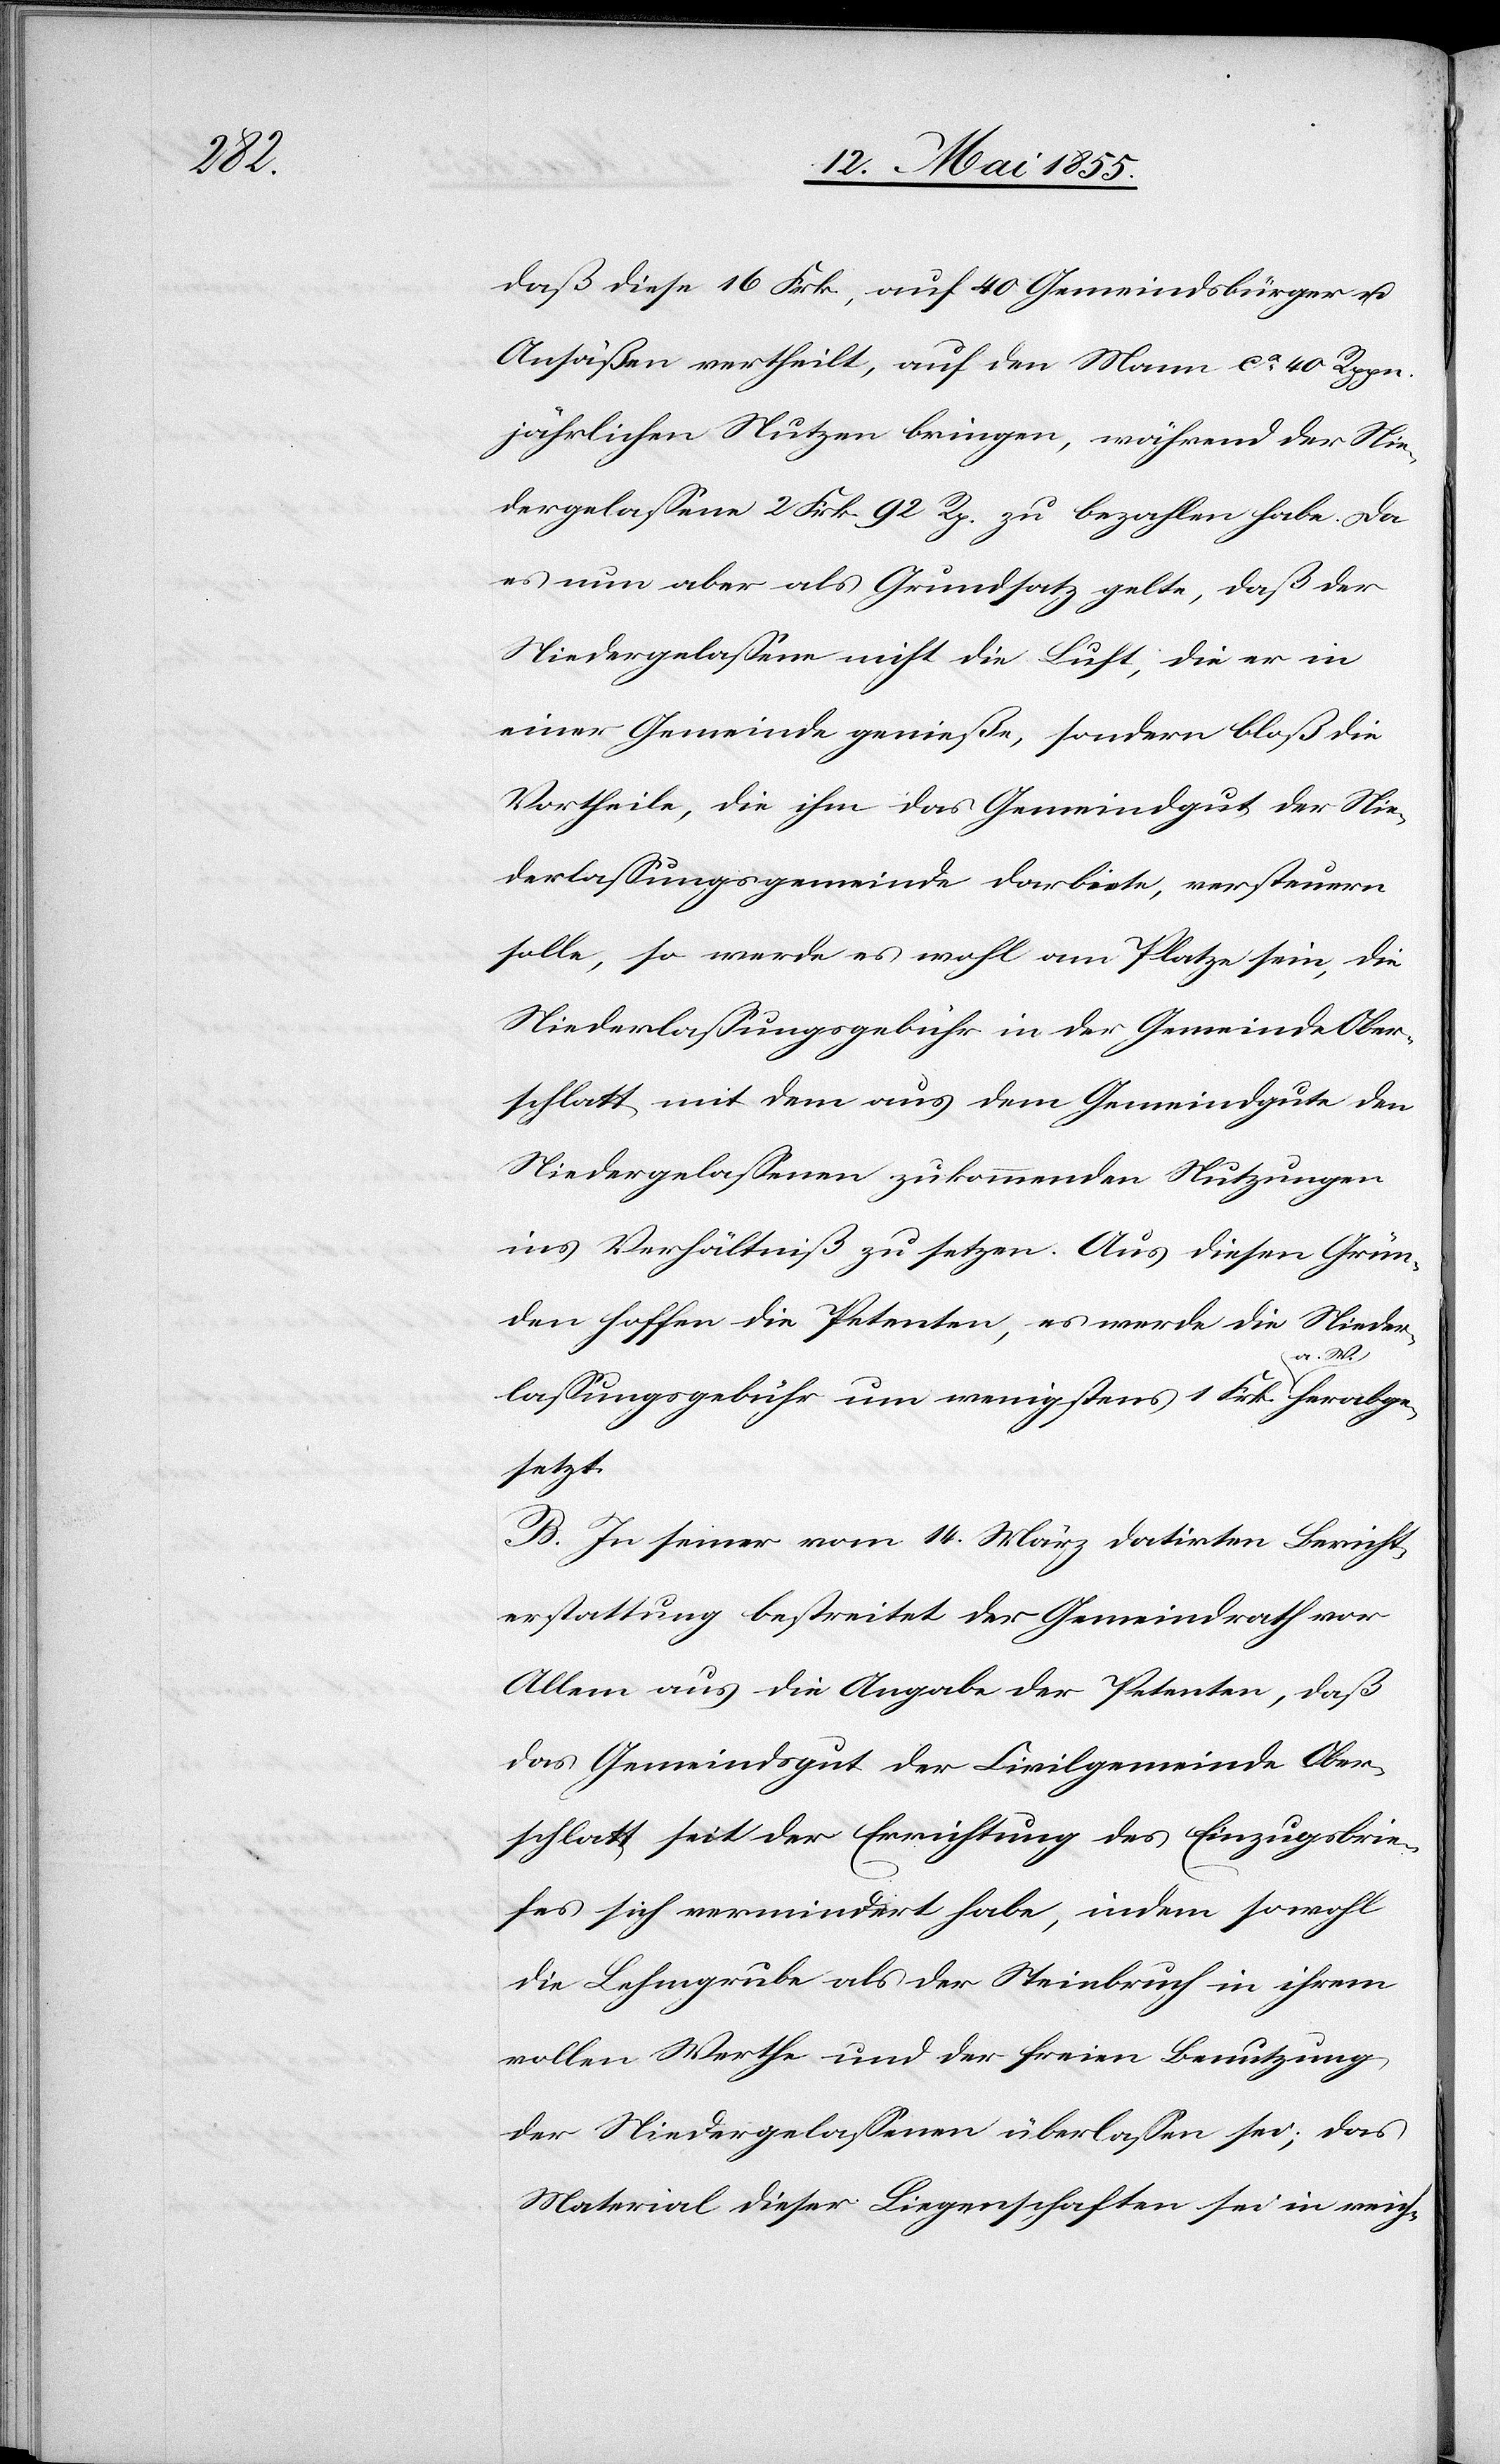
daß diese 16 Frk., auf 40 Gemeindsbürger u.
Ansäßen vertheilt, auf den Mann ca. 40 Rppn.
jährlichen Nutzen bringen, während der Nie¬
dergelassene 2 Frk. 92 Rp. zu bezahlen habe. Da
es nun aber als Grundsatz gelte, daß der
Niedergelassene nicht die Luft, die er in
einer Gemeinde genieße, sondern bloß die
Vortheile, die ihm das Gemeindgut der Nie¬
derlassungsgemeinde darbiete, versteuern
solle so werde es wohl am Platze sein, die
Niederlassungsgebühr in der Gemeinde Ober¬
schlatt mit dem aus dem Gemeindgute den
Niedergelassenen zukommenden Nutzungen
ins Verhältniß zu setzen. Aus diesen Grün¬
den hoffen die Petenten, es werde die Nieder¬
lassungsgebühr um wenigstens 1 Frk. a. W. herabge¬
setzt.
B. In seiner vom 14. März datirten Bericht¬
erstattung bestreitet der Gemeindrath vor
Allem aus die Angabe der Petenten, daß
das Gemeindsgut der Civilgemeinde Ober¬
schlatt seit der Errichtung des Einzugsbrie¬
fes sich vermindert habe, indem sowohl
die Lehmgrube als der Steinbruch in ihrem
vollen Werthe und der freien Benutzung
der Niedergelassenen überlassen sei; das
Material dieser Liegenschaften sei in reich-